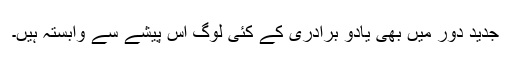
جدید دور میں بھی یادو برادری کے کئی لوگ اس پیشے سے وابستہ ہیں۔